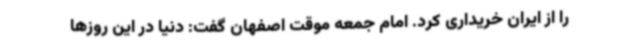
را از ایران خریداری کرد. امام جمعه موقت اصفهان گفت: دنیا در این روزها